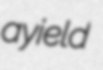
ayield